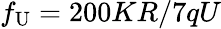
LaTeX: f_{\mathrm{U}}=200KR/7qU